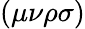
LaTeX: \left(\mu\nu\rho\sigma\right)